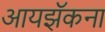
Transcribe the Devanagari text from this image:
आयझॅकना